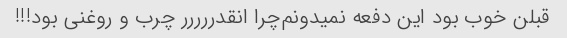
قبلن خوب بود این دفعه نمیدونم‌چرا انقدررررر چرب و روغنی بود!!!